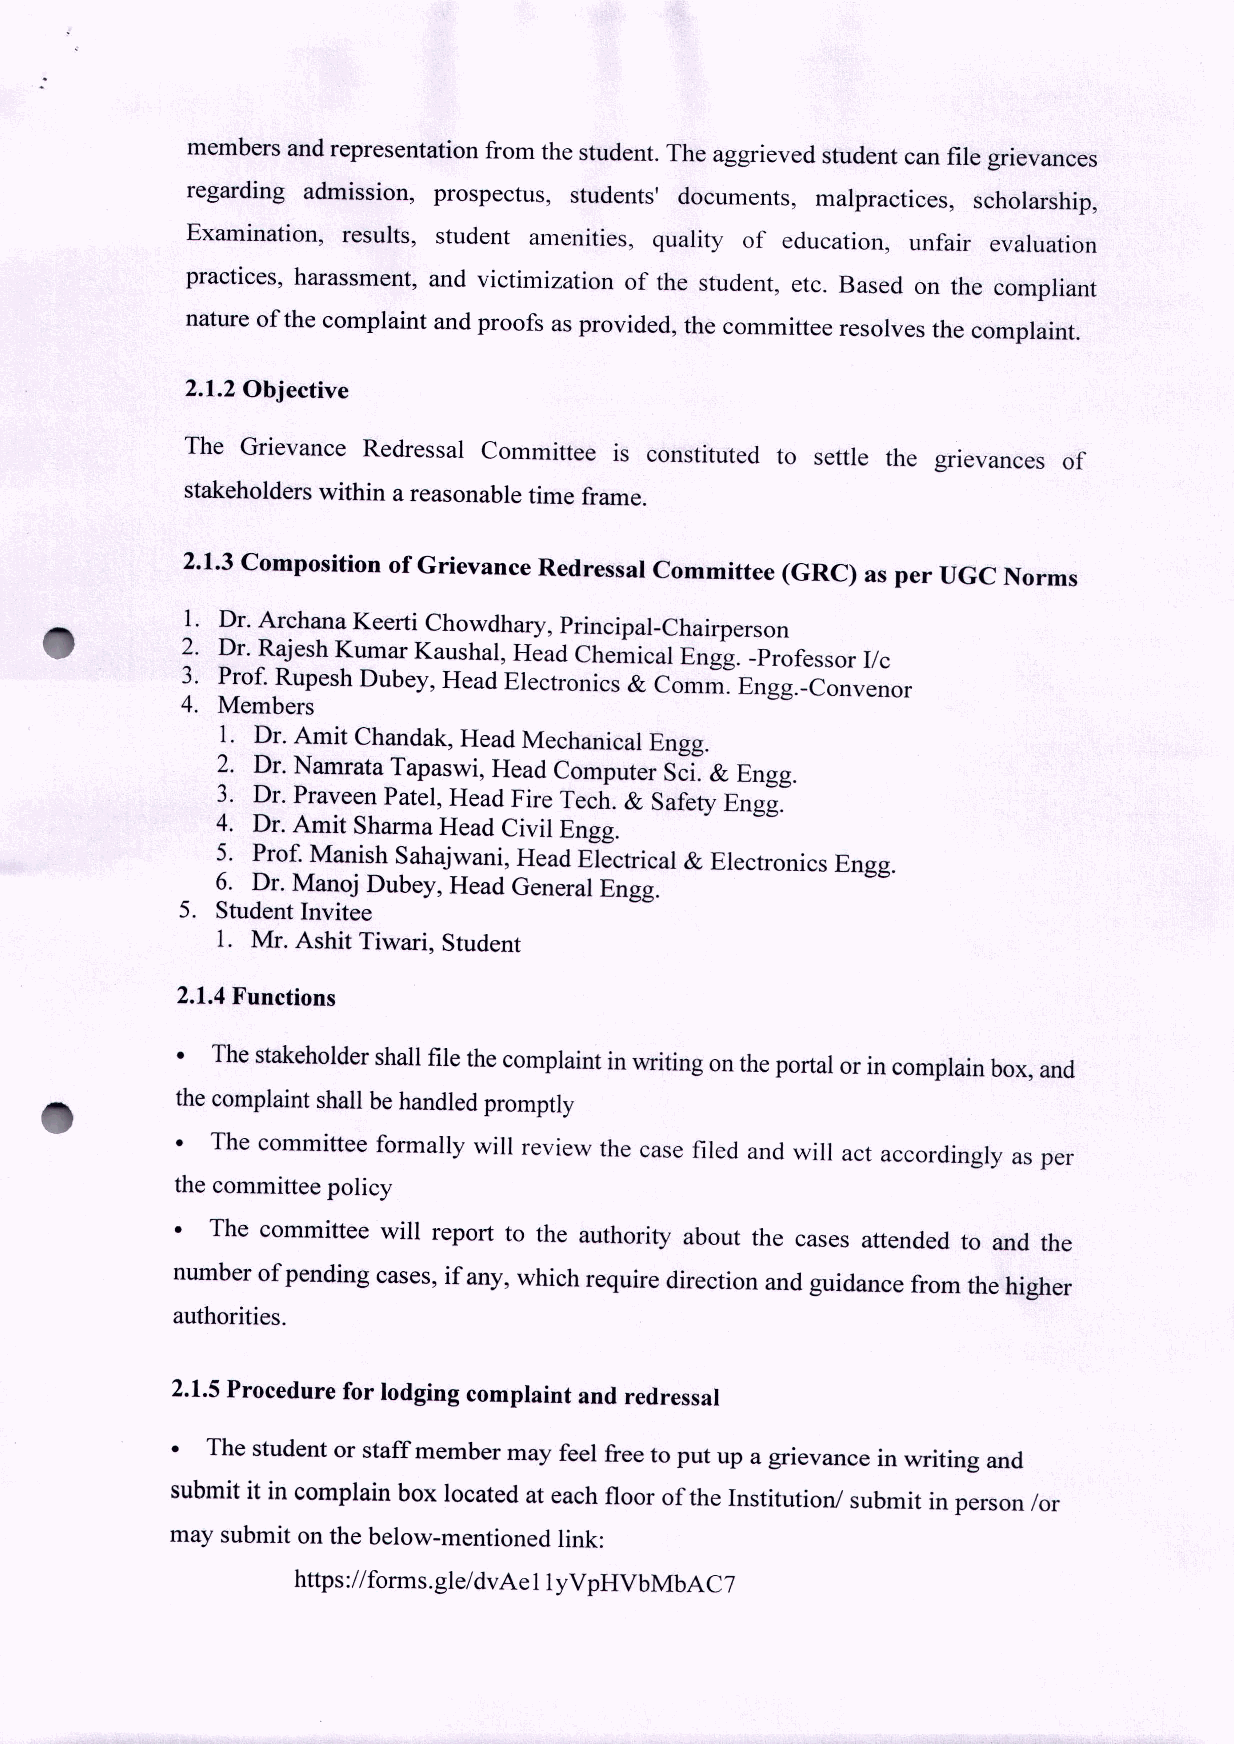
members and representation from the student. The aggrieved student can file grievances
 regarding admission, prospectus, students' documents, malpractices, scholarship,
 Examination, results, student amenities, quality of education, unfair evaluation
 practices, harassment, and victimization of the student, etc. Based on the compliant
 nature of the complaint and proofs as provided, the committee resolves the complaint.
 2.1.2 Objective
 The Grievance Redressal Committee is constituted to settle the gnevances of
 stakeholders within a reasonable time frame.
 2.1.3 Composition of Grievance Redressal Committee (GRC) as per UGC Norms
 1. Dr. Archana Keerti Chowdhary, Principal-Chairperson
 2. Dr. Rajesh Kumar Kaushal, Head Chemical Engg. -Professor lIc
 3. Prof. Rupesh Dubey, Head Electronics & Comm. Engg.-Convenor
 4. Members
 1. Dr. Amit Chandak, Head Mechanical Engg.
 2. Dr. Namrata Tapaswi, Head Computer Sci. & Engg.
 3. Dr. Praveen Patel, Head Fire Tech. & Safety Engg.
 4. Dr. Amit Sharma Head Civil Engg.
 5. Prof. Manish Sahajwani, Head Electrical & Electronics Engg.
 6. Dr. Manoj Dubey, Head General Engg.
 5. Student Invitee
 1. Mr. Ashit Tiwari, Student
 2.1.4Functions
 • Thestakeholdershallfilethecomplaintinwritingontheportalorincomplainbox,and
 thecomplaintshallbehandledpromptly
 • The committee formally will review the case filed and will act accordingly as per
 the committee policy
 • The committee will report to the authority about the cases attended to and the
 number ofpending cases, if any, which require direction and guidance from the higher
 authorities.
 2.1.5Procedure for lodging complaint and redressal
 •  The student or staff member may feel free to put up a grievance in writing and
 submit it in complain box located at each floor ofthe Institution! submit inperson lor
 may submit on the below-mentioned link:
 https:llforms.gle/dvAellyVpHVbMbAC7